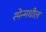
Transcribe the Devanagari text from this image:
स्पेन्मधील